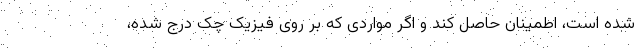
شده است، اطمینان حاصل کند و اگر مواردی که بر روی فیزیک چک درج شده،